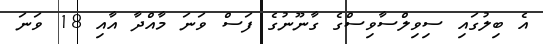
އެ ބިލުގައި ސިވިލްސާވިސްގެ ގާނޫނުގެ ފަސް ވަނަ މާއްދާ އާއި 18 ވަނަ